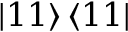
\left| 1 1 \right\rangle \left\langle 1 1 \right|